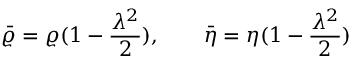
\bar { \varrho } = \varrho ( 1 - \frac { \lambda ^ { 2 } } { 2 } ) , \qquad \bar { \eta } = \eta ( 1 - \frac { \lambda ^ { 2 } } { 2 } )